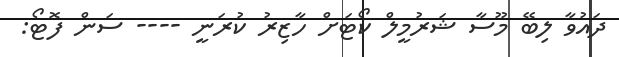
ދައުވާ ލިބޭ މޫސާ ޝަރުމީލް ކޯޓަށް ހާޒިރު ކުރަނީ ---- ސަން ފޮޓޯ: